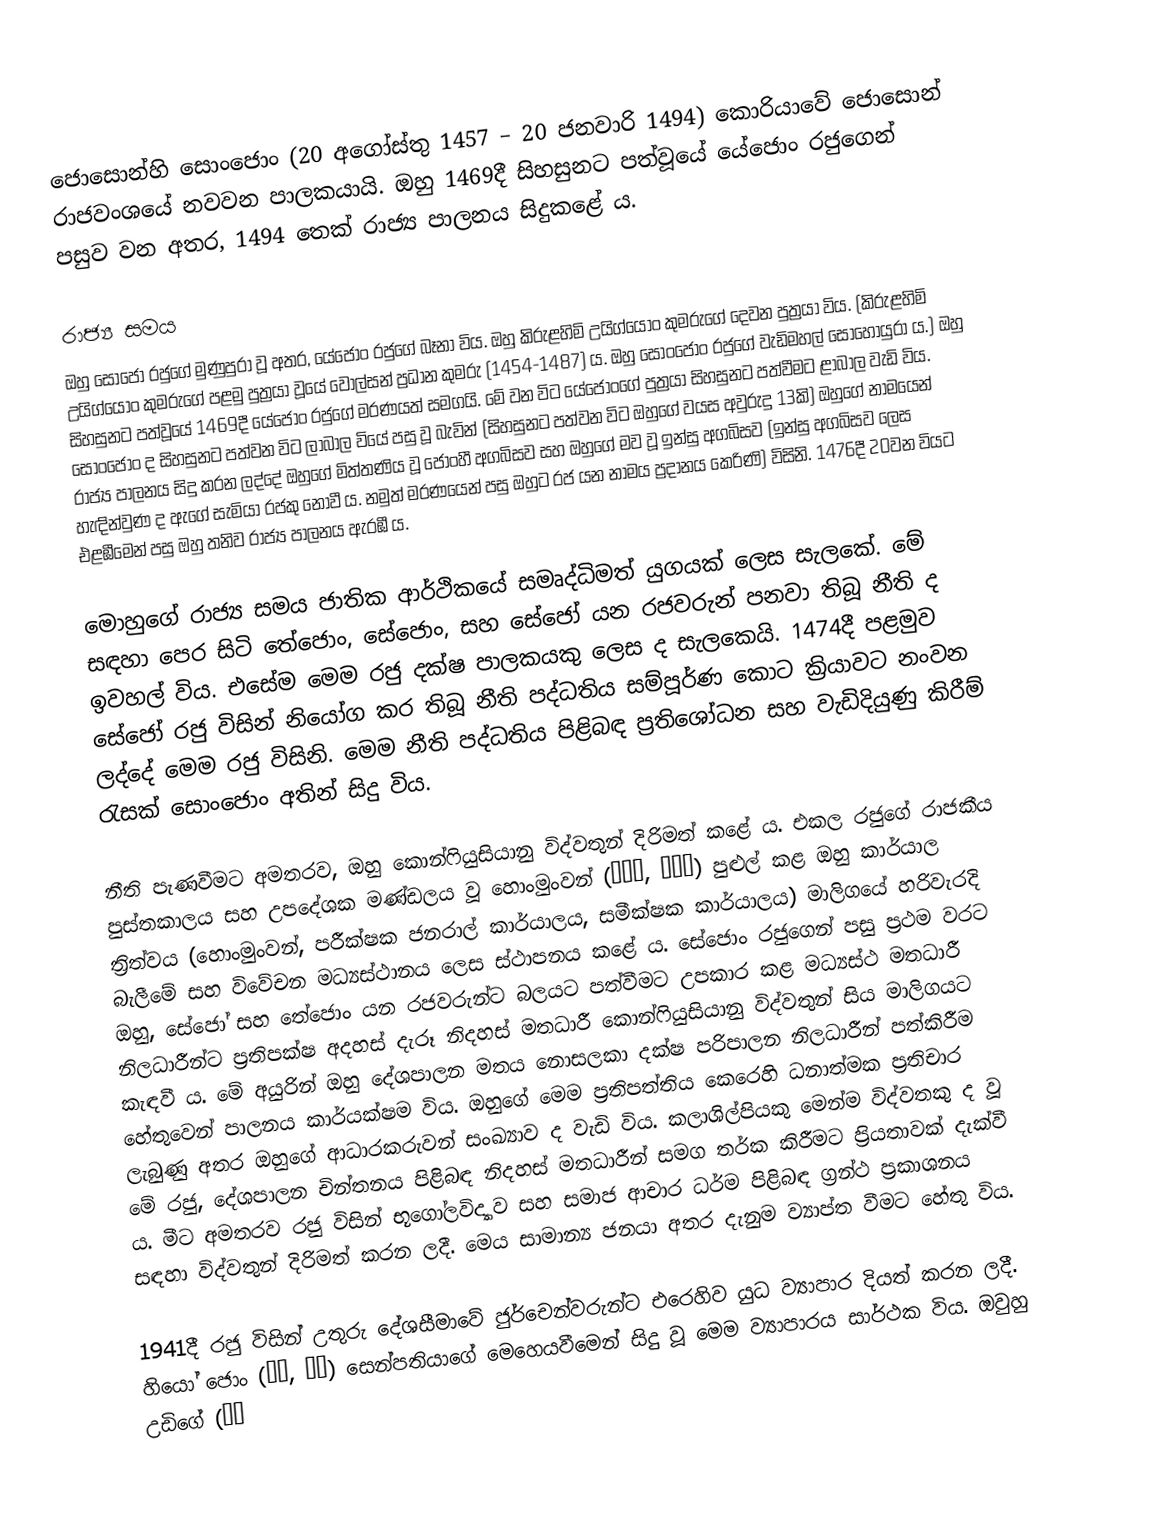
ජොසොන්හි සොංජොං (20 අගෝස්තු 1457 – 20 ජනවාරි 1494) කොරියාවේ ජොසොන් රාජවංශයේ නවවන පාලකයායි. ඔහු 1469දී සිහසුනට පත්වූයේ යේජොං රජුගෙන් පසුව වන අතර, 1494 තෙක් රාජ්‍ය පාලනය සිදුකළේ ය.

රාජ්‍ය සමය
ඔහු සෝජෝ රජුගේ මුණුපුරා වූ අතර, යේජොං රජුගේ බෑනා විය. ඔහු කිරුළහිමි උයිග්යොං කුමරුගේ දෙවන පුත්‍රයා විය. (කිරුළහිමි උයිග්යොං කුමරුගේ පළමු පුත්‍රයා වූයේ වොල්සන් ප්‍රධාන කුමරු (1454-1487) ය. ඔහු‍ ‍සොංජොං රජුගේ වැඩිමහල් සොහොයුරා ය.) ඔහු සිහසුනට පත්වූයේ 1469දී යේජොං රජුගේ මරණයත් සමගයි. මේ වන විට යේජොංගේ පුත්‍රයා සිහසුනට පත්වීමට ළාබාල වැඩි විය. සොංජොං ද සිහසුනට පත්වන විට ලාබාල වියේ පසු වූ බැවින් (සිහසුනට පත්වන විට ඔහුගේ වයස අවුරුදු 13කි) ඔහුගේ නාමයෙන් රාජ්‍ය පාලනය සිදු කරන ලද්දේ ඔහුගේ මිත්තණිය වූ ජොංහී අගබිසව සහ ඔහුගේ මව වූ ඉන්සු අගබිසව (ඉන්සු අගබිසව ලෙස හැඳින්වුණ ද ඇගේ සැමියා රජකු නොවී ය. නමුත් මරණයෙන් පසු ඔහුට රජ යන නාමය ප්‍රදානය කෙරිණි) විසිනි. 1476දී 20වන වියට එළඹීමෙන් පසු ඔහු තනිව රාජ්‍ය පාලනය ඇරඹී ය.

මොහුගේ රාජ්‍ය සමය ජාතික ආර්ථිකයේ සමෘද්ධිමත් යුගයක් ලෙස සැලකේ. මේ සඳහා පෙර සිටි තේජොං, සේජොං, සහ සේජෝ යන රජවරුන් පනවා තිබූ නීති ද ඉවහල් විය. එසේම මෙම රජු දක්ෂ පාලකයකු ලෙස ද සැලකෙයි. 1474දී පළමුව සේජෝ රජු විසින් නියෝග කර තිබූ නීති පද්ධතිය සම්පූර්ණ කොට ක්‍රියාවට නංවන ලද්දේ මෙම රජු විසිනි. මෙම නීති පද්ධතිය පිළිබඳ ප්‍රතිශෝධන සහ වැඩිදියුණු කිරීම් රැස‍ක් සොංජොං අතින් සිදු විය.

නීති පැණවීමට අමතරව, ඔහු කොන්ෆියුසියානු විද්වතුන් දිරිමත් කළේ ය. එකල රජුගේ රාජකීය පුස්තකාලය සහ උපදේශක මණ්ඩලය වූ හොංමුංවන් (홍문관, 弘文館) පුළුල් කළ ඔහු කාර්යාල ත්‍රිත්වය (හොංමුංවන්, පරීක්ෂක ජනරාල් කාර්යාලය, සමීක්ෂක කාර්යාලය) මාලිගයේ හරිවැරදි බැලීමේ සහ විවේචන මධ්‍යස්ථානය ලෙස ස්ථාපනය කළේ ය. සේජොං රජුගෙන් පසු ප්‍රථම වරට ඔහු, සේජෝ සහ තේජොං යන රජවරුන්ට බලයට පත්වීමට උපකාර කළ මධ්‍යස්ථ මතධාරී නිලධාරීන්ට ප්‍රතිපක්ෂ අදහස් දැරූ නිදහස් මතධාරී කොන්ෆියුසියානු විද්වතුන් සිය මාලිගයට කැඳවී ය. මේ අයුරින් ඔහු දේශපාලන මතය නොසලකා දක්ෂ පරිපාලන නිලධාරීන් පත්කිරීම හේතුවෙන් පාලනය කාර්යක්ෂම විය. ඔහුගේ මෙම ප්‍රතිපත්තිය කෙරෙහි ධනාත්මක ප්‍රතිචාර ලැබුණු අතර ඔහුගේ ආධාරකරුවන් සංඛ්‍යාව ද වැඩි විය. කලාශිල්පියකු මෙන්ම විද්වතකු ද වූ මේ රජු, දේශපාලන චින්තනය පිළිබඳ නිදහස් මතධාරීන් සමග තර්ක කිරීමට ප්‍රියතාවක් දැක්වී ය. මීට අමතරව රජු විසින් භූගෝලවිද්‍යාව සහ සමාජ ආචාර ධර්ම පිළිබඳ ග්‍රන්ථ ප්‍රකාශනය සඳහා විද්වතුන් දිරිමත් කරන ලදී. මෙය සාමාන්‍ය ජනයා අතර දැනුම ව්‍යාප්ත වීමට හේතු විය.

1941දී රජු විසින් උතුරු දේශසීමාවේ ජුර්චෙන්වරුන්ට එරෙහිව යුධ ව්‍යාපාර දියත් කරන ලදී. හියෝ ජොං (허종, 許琮) සෙන්පතියාගේ මෙහෙයවීමෙන් සිදු වූ මෙම ව්‍යාපාරය සාර්ථක විය. ඔවුහු උඩිගේ (兀狄